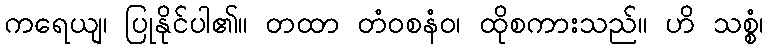
ကရေယျ၊ ပြုနိုင်ပါ၏။ တထာ တံဝစနံဝ၊ ထိုစကားသည်။ ဟိ သစ္စံ၊